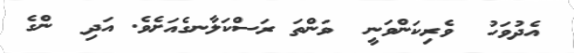
އެދުވަހު  ވެރިކަންވަނީ  ވަންތަ ރަސްކަލާނގެއަށެވެ. އަދި  ންގެ